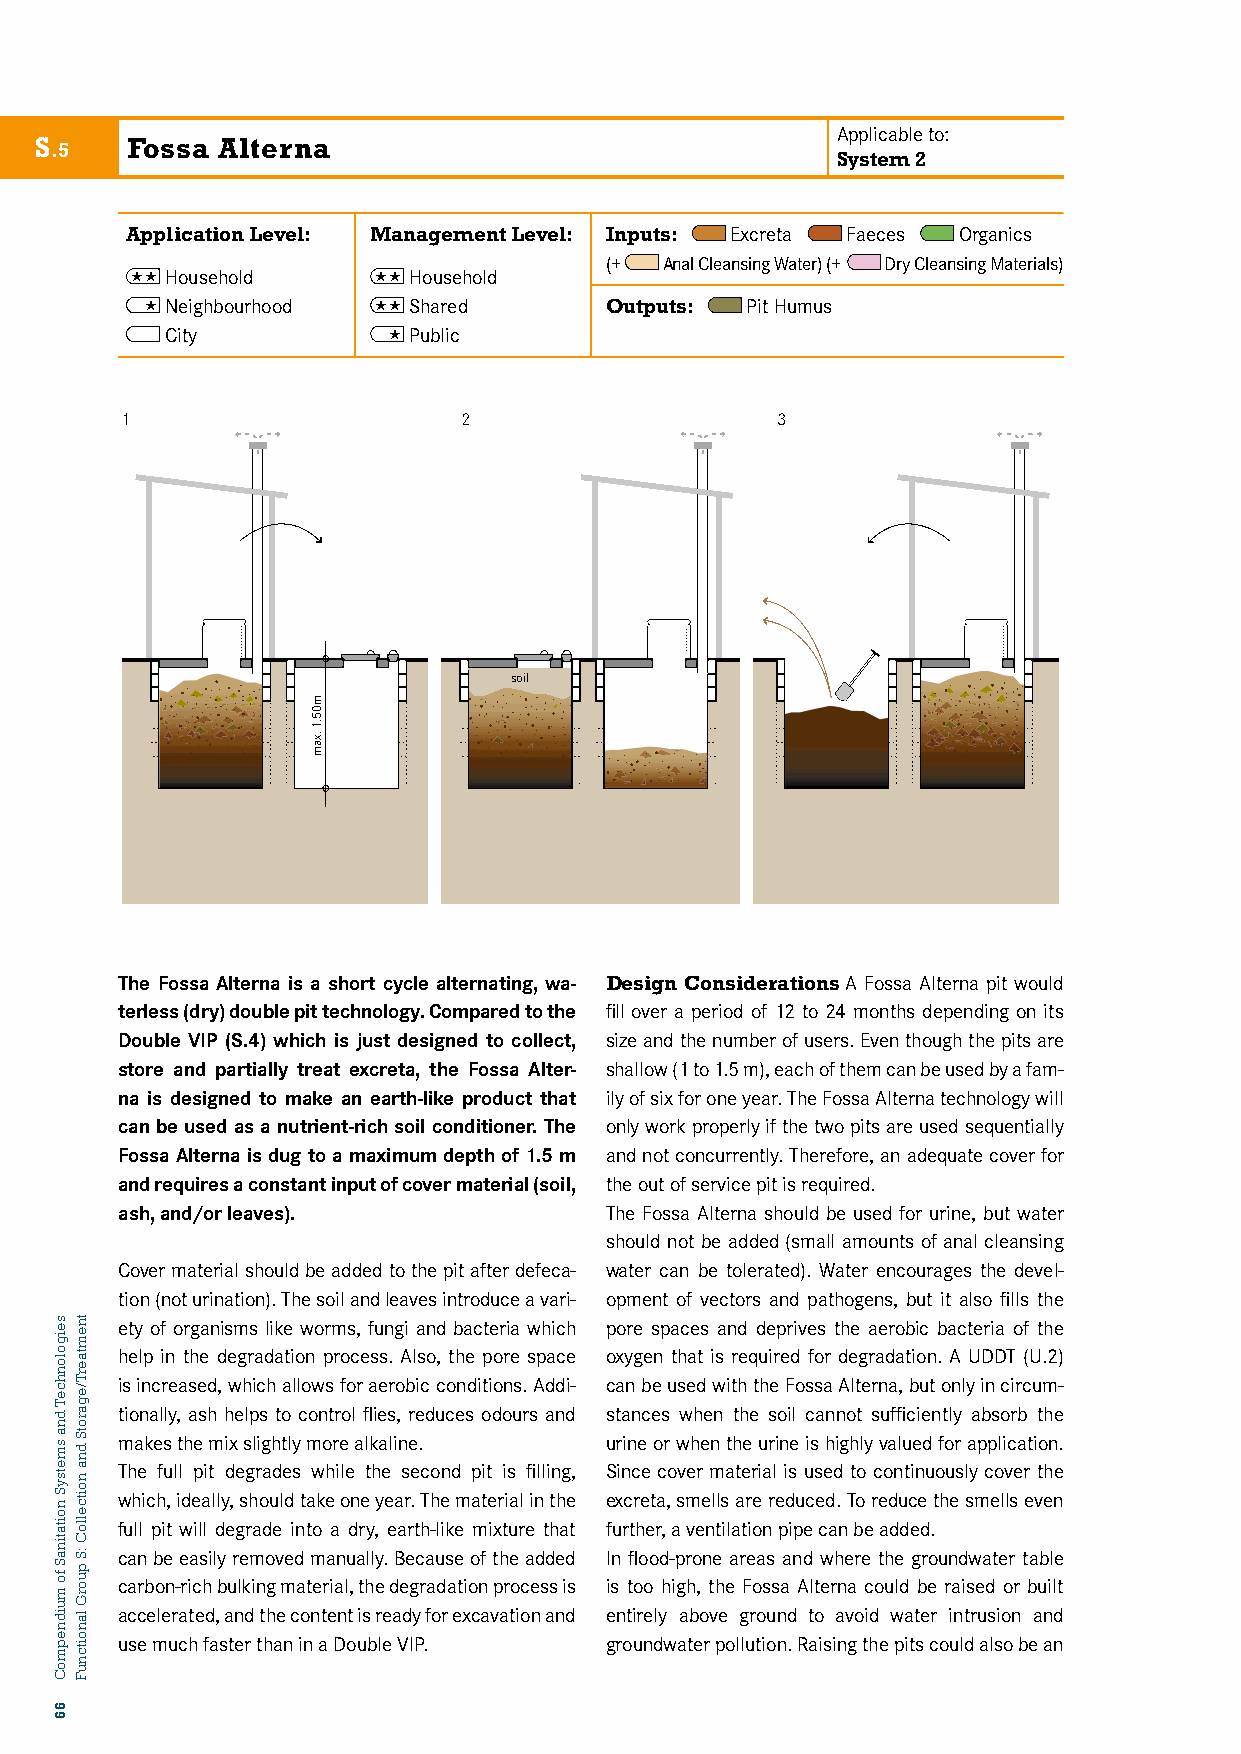
Applicable to:
 S     Fossa Alterna
 .5
 System 2
 Application Level: Management Level: Inputs: Excreta Faeces Organics
 (+  Anal Cleansing Water) (+ Dry Cleansing Materials)
  Household     Household
  Neighbourhood  Shared     Outputs: Pit Humus
 S5: FCOitySSA ALTERNA  Public
 1                     2                    3
 soil
 The Fossa Alterna is a short cycle alternating, wa- Design Considerations A Fossa Alterna pit would
 terless (dry) double pit technology. Compared to the fill over a period of 12 to 24 months depending on its
 Double VIP (S.4) which is just designed to collect, size and the number of users. Even though the pits are
 store and partially treat excreta, the Fossa Alter- shallow (1 to 1.5 m), each of them can be used by a fam-
 na is designed to make an earth-like product that ily of six for one year. The Fossa Alterna technology will
 can be used as a nutrient-rich soil conditioner. The only work properly if the two pits are used sequentially
 Fossa Alterna is dug to a maximum depth of 1.5 m and not concurrently. Therefore, an adequate cover for
 and requires a constant input of cover material (soil, the out of service pit is required.
 ash, and/or leaves).            The Fossa Alterna should be used for urine, but water
 should not be added (small amounts of anal cleansing
 Cover material should be added to the pit after defeca- water can be tolerated). Water encourages the devel-
 tion (not urination). The soil and leaves introduce a vari- opment of vectors and pathogens, but it also fills the
 ety of organisms like worms, fungi and bacteria which pore spaces and deprives the aerobic bacteria of the
 help in the degradation process. Also, the pore space oxygen that is required for degradation. A UDDT (U.2)
 is increased, which allows for aerobic conditions. Addi- can be used with the Fossa Alterna, but only in circum-
 tionally, ash helps to control flies, reduces odours and stances when the soil cannot sufficiently absorb the
 makes the mix slightly more alkaline. urine or when the urine is highly valued for application.
 The full pit degrades while the second pit is filling, Since cover material is used to continuously cover the
 which, ideally, should take one year. The material in the excreta, smells are reduced. To reduce the smells even
 full pit will degrade into a dry, earth-like mixture that further, a ventilation pipe can be added.
 can be easily removed manually. Because of the added In flood-prone areas and where the groundwater table
 carbon-rich bulking material, the degradation process is is too high, the Fossa Alterna could be raised or built
 accelerated, and the content is ready for excavation and entirely above ground to avoid water intrusion and
 use much faster than in a Double VIP. groundwater pollution. Raising the pits could also be an
 seigolonhceT
 dna
 smetsyS
 noitatinaS
 fo
 muidnepmoC
 66
 tnemtaerT/egarotS
 dna
 noitcelloC
 :S
 puorG
 lanoitcnuF
 m05.1
 .xam